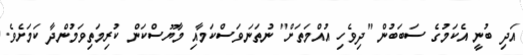
އަދި ބުނީ އެކަމުގެ ސަބަބުން "ދިވެހި އުއްމަތަށް" ނުތަނަވަސްކަމާއި މާޔޫސްކަން ކުރިމަތިވަމުންދާ ކަމަށެވެ.